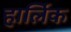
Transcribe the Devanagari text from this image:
हार्लिक